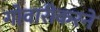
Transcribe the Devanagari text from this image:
गोवारीकरने